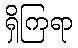
ရှိကြရာ